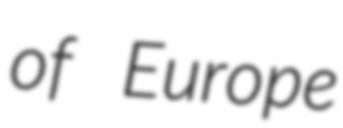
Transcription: of Europe